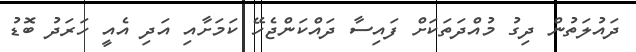
ދައުލަތުން ދިގު މުއްދަތަކަށް ފައިސާ ދައްކަންޖެހޭ ކަމަށާއި އަދި އެއީ ހަރަދު ބޮޑު